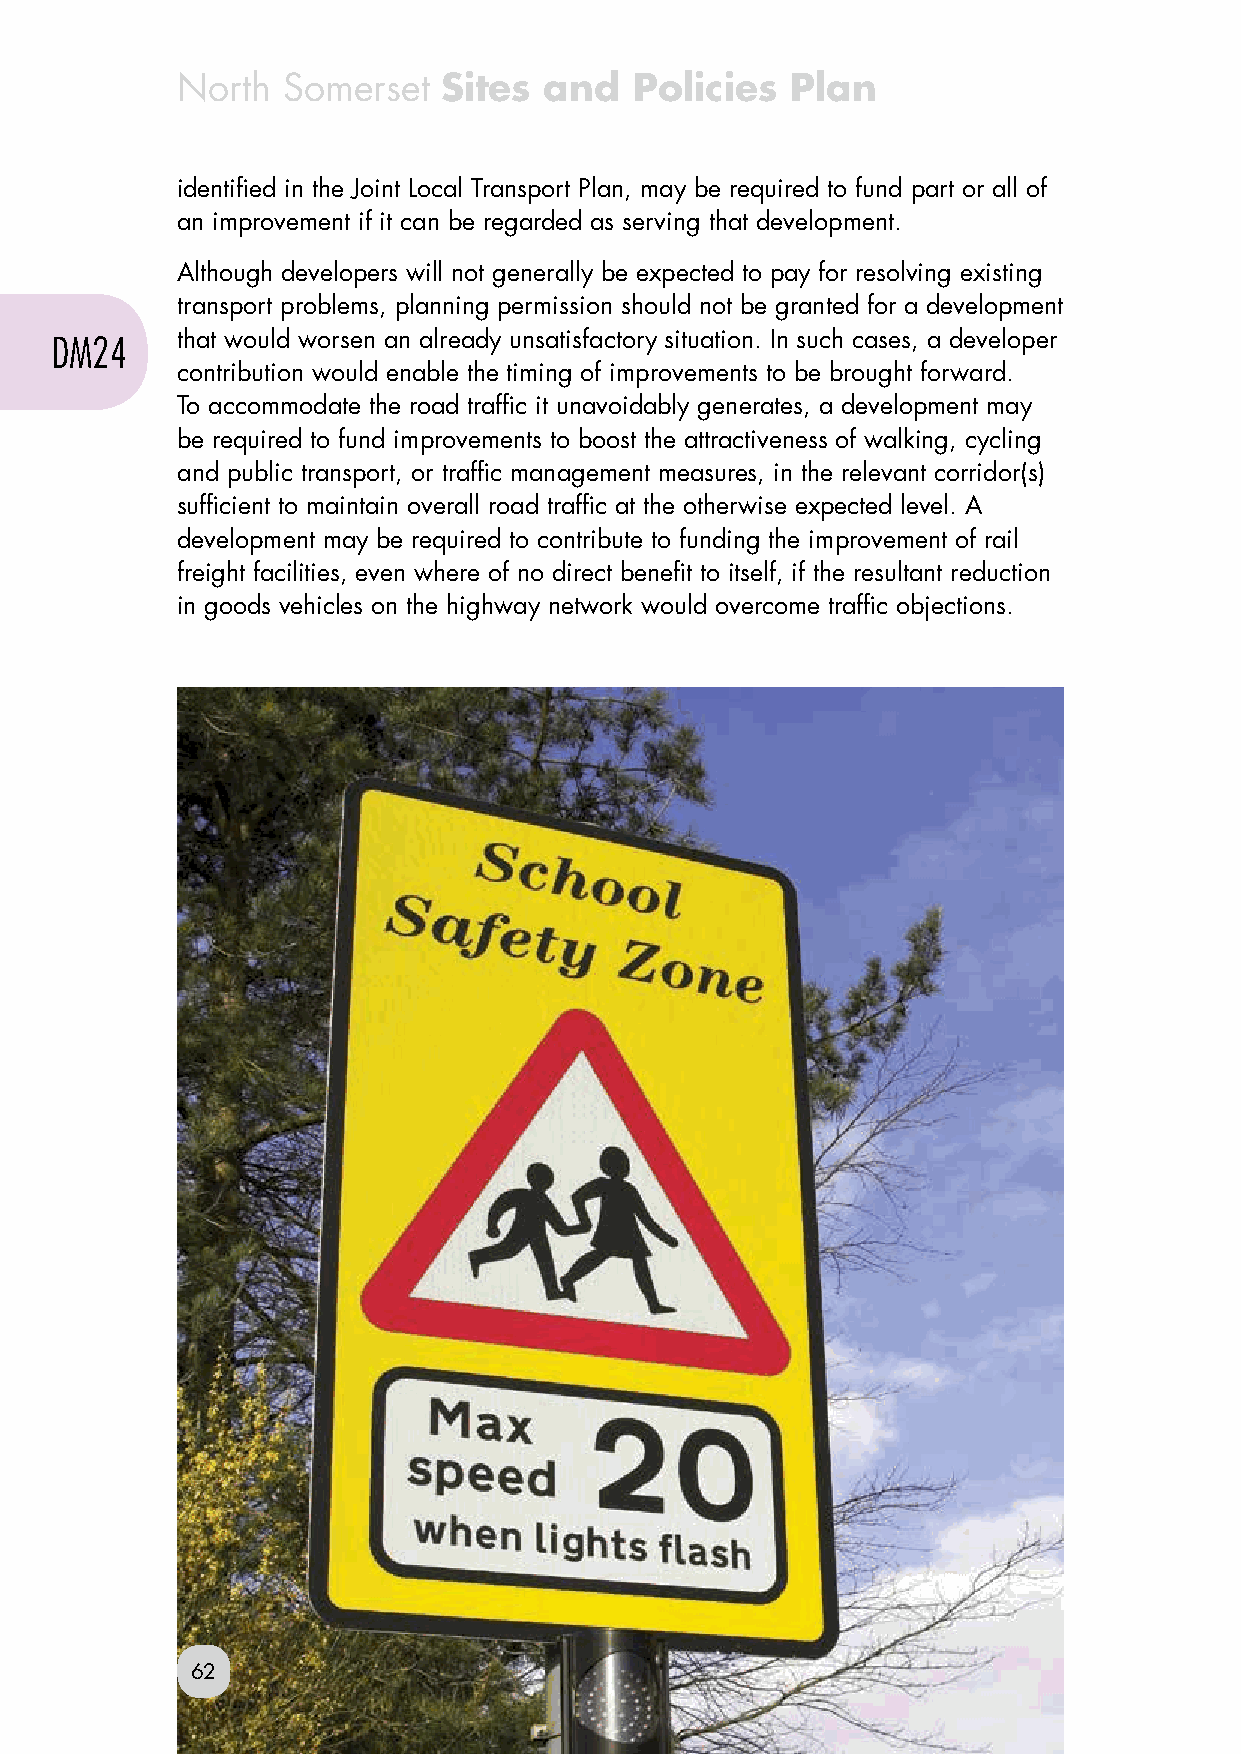
North  Somerset  Sites  and   Policies  Plan
 identified in the Joint Local Transport Plan, may be required to fund part or all of
 an improvement if it can be regarded as serving that development.
 Although developers will not generally be expected to pay for resolving existing
 transport problems, planning permission should not be granted for a development
 DM24     that would worsen an already unsatisfactory situation. In such cases, a developer
 contribution would enable the timing of improvements to be brought forward.
 To accommodate the road traffic it unavoidably generates, a development may
 be required to fund improvements to boost the attractiveness of walking, cycling
 and public transport, or traffic management measures, in the relevant corridor(s)
 sufficient to maintain overall road traffic at the otherwise expected level. A
 development may be required to contribute to funding the improvement of rail
 freight facilities, even where of no direct benefit to itself, if the resultant reduction
 in goods vehicles on the highway network would overcome traffic objections.
 62